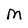
Character: M